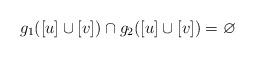
LaTeX: \begin{align*}g_1([u]\cup [v])\cap g_2([u]\cup [v]) &= \varnothing\end{align*}